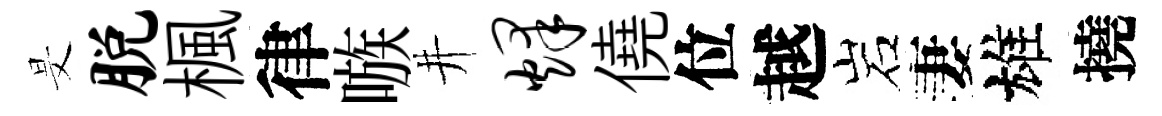
旻脱楓律嗾井烽僥位越岩妻雄撓